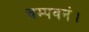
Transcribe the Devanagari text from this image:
चम्पवनं।